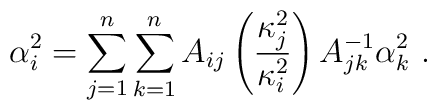
\alpha _{i}^{2}=\sum_{j=1}^{n}\sum_{k=1}^{n}A_{ij}\left( \frac{\kappa_{j}^{2}}{\kappa _{i}^{2}}\right) A_{jk}^{-1}\alpha _{k}^{2}\,\,.